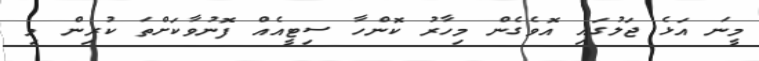
މީނަ އަޅެ ޖަލުގައި އޮވެގެން މިހާރު ކޮންހާ ސިޓީއެއް ފޮނުވާކަށްތަ ކުރިން މި